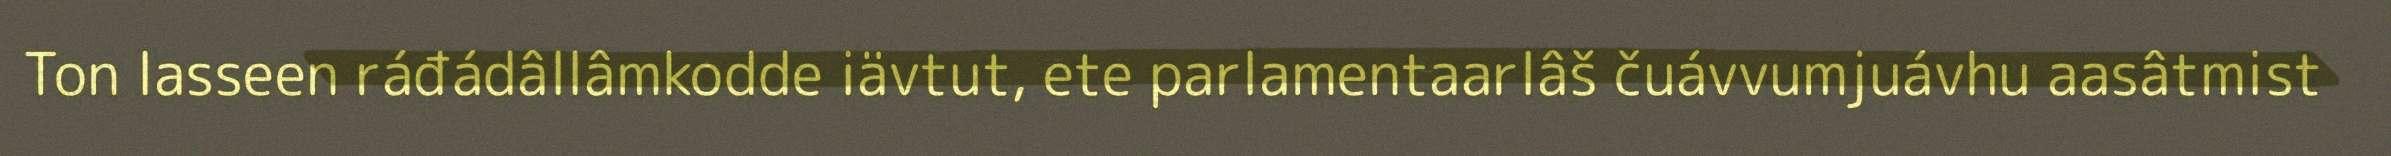
Ton lasseen ráđádâllâmkodde iävtut, ete parlamentaarlâš čuávvumjuávhu aasâtmist